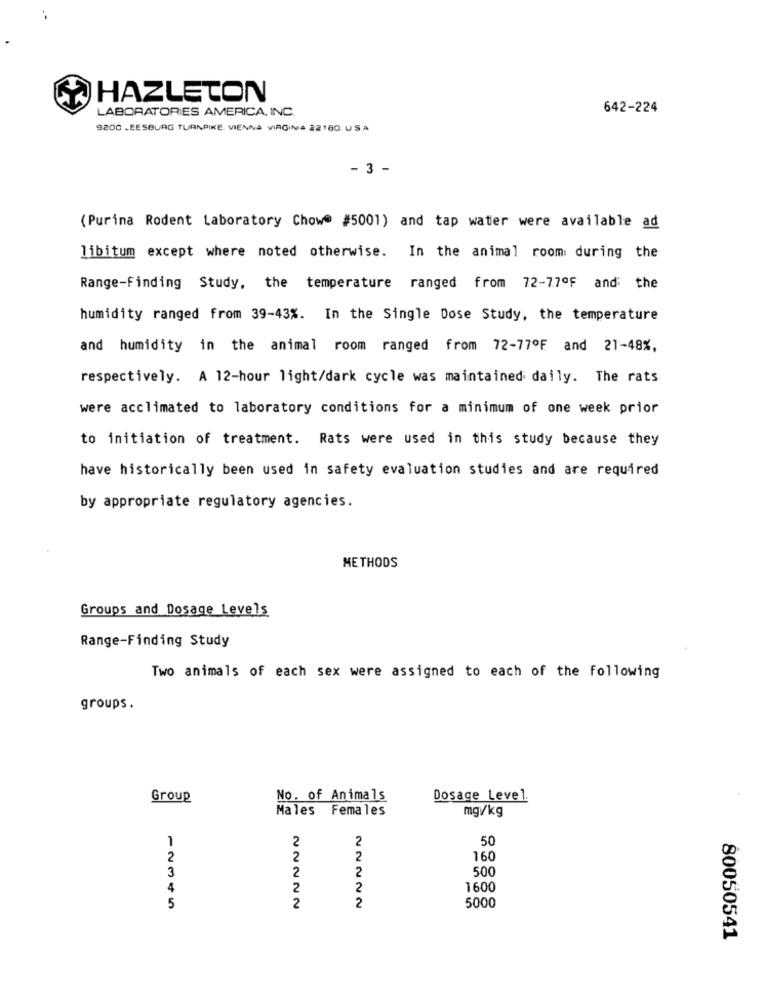
HAZLETON
642-224
LABORATORIES AMERICA, INC.
9200 LEESBURG TURNPIKE, VIENNA VIRGINA 22180 USA
- 3 -
(Purina Rodent Laboratory Chow #5001) and tap water were available ad
libitum except where noted otherwise. In the animal room during the
Range-Finding Study, the temperature ranged from 72-77ºF and the
humidity ranged from 39-43%. In the Single Dose Study, the temperature
and humidity in the animal room ranged from 72-77ºF and 21-48%,
respectively. A 12-hour light/dark cycle was maintained daily. The rats
were acclimated to laboratory conditions for a minimum of one week prior
to initiation of treatment. Rats were used in this study because they
have historically been used in safety evaluation studies and are required
by appropriate regulatory agencies.
METHODS
Groups and Dosage Levels
Range-Finding Study
Two animals of each sex were assigned to each of the following
groups.
Group
No. of Animals
Dosage Level.
Males Females
mg//kg
1
2
2
50
2
2
2
160
3
2
2
500
4
2
2
1600
2
2
5000
5
80050541